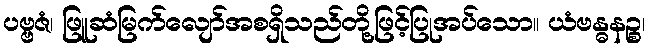
ပဗ္ဗဇံ၊ ဖြူဆံမြက်လျော်အစရှိသည်တို့ဖြင့်ပြုအပ်သော။ ယံဗန္ဓနဉ္စ၊